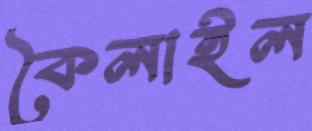
কৈলাইল